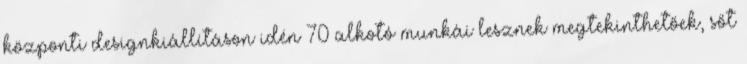
központi designkiállításon idén 70 alkotó munkái lesznek megtekinthetőek, sőt